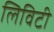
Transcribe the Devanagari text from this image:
लिविटी